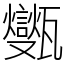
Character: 㽊